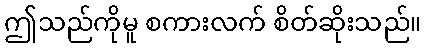
ဤသည်ကိုမူ စကားလက် စိတ်ဆိုးသည်။